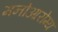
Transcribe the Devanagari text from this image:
मनोआरोग्य